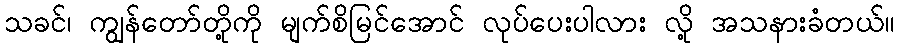
သခင်၊ ကျွန်တော်တို့ကို မျက်စိမြင်အောင် လုပ်ပေးပါလား လို့ အသနားခံတယ်။